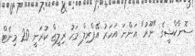
ސޮނާކްޝީގެ "ނޫރު" އަންނަ އަހަރު އޭޕްރިލް މަހު ރިލީޒް ކުރަނީ 20 މިނެޓް